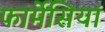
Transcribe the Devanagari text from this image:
फार्मेसियां